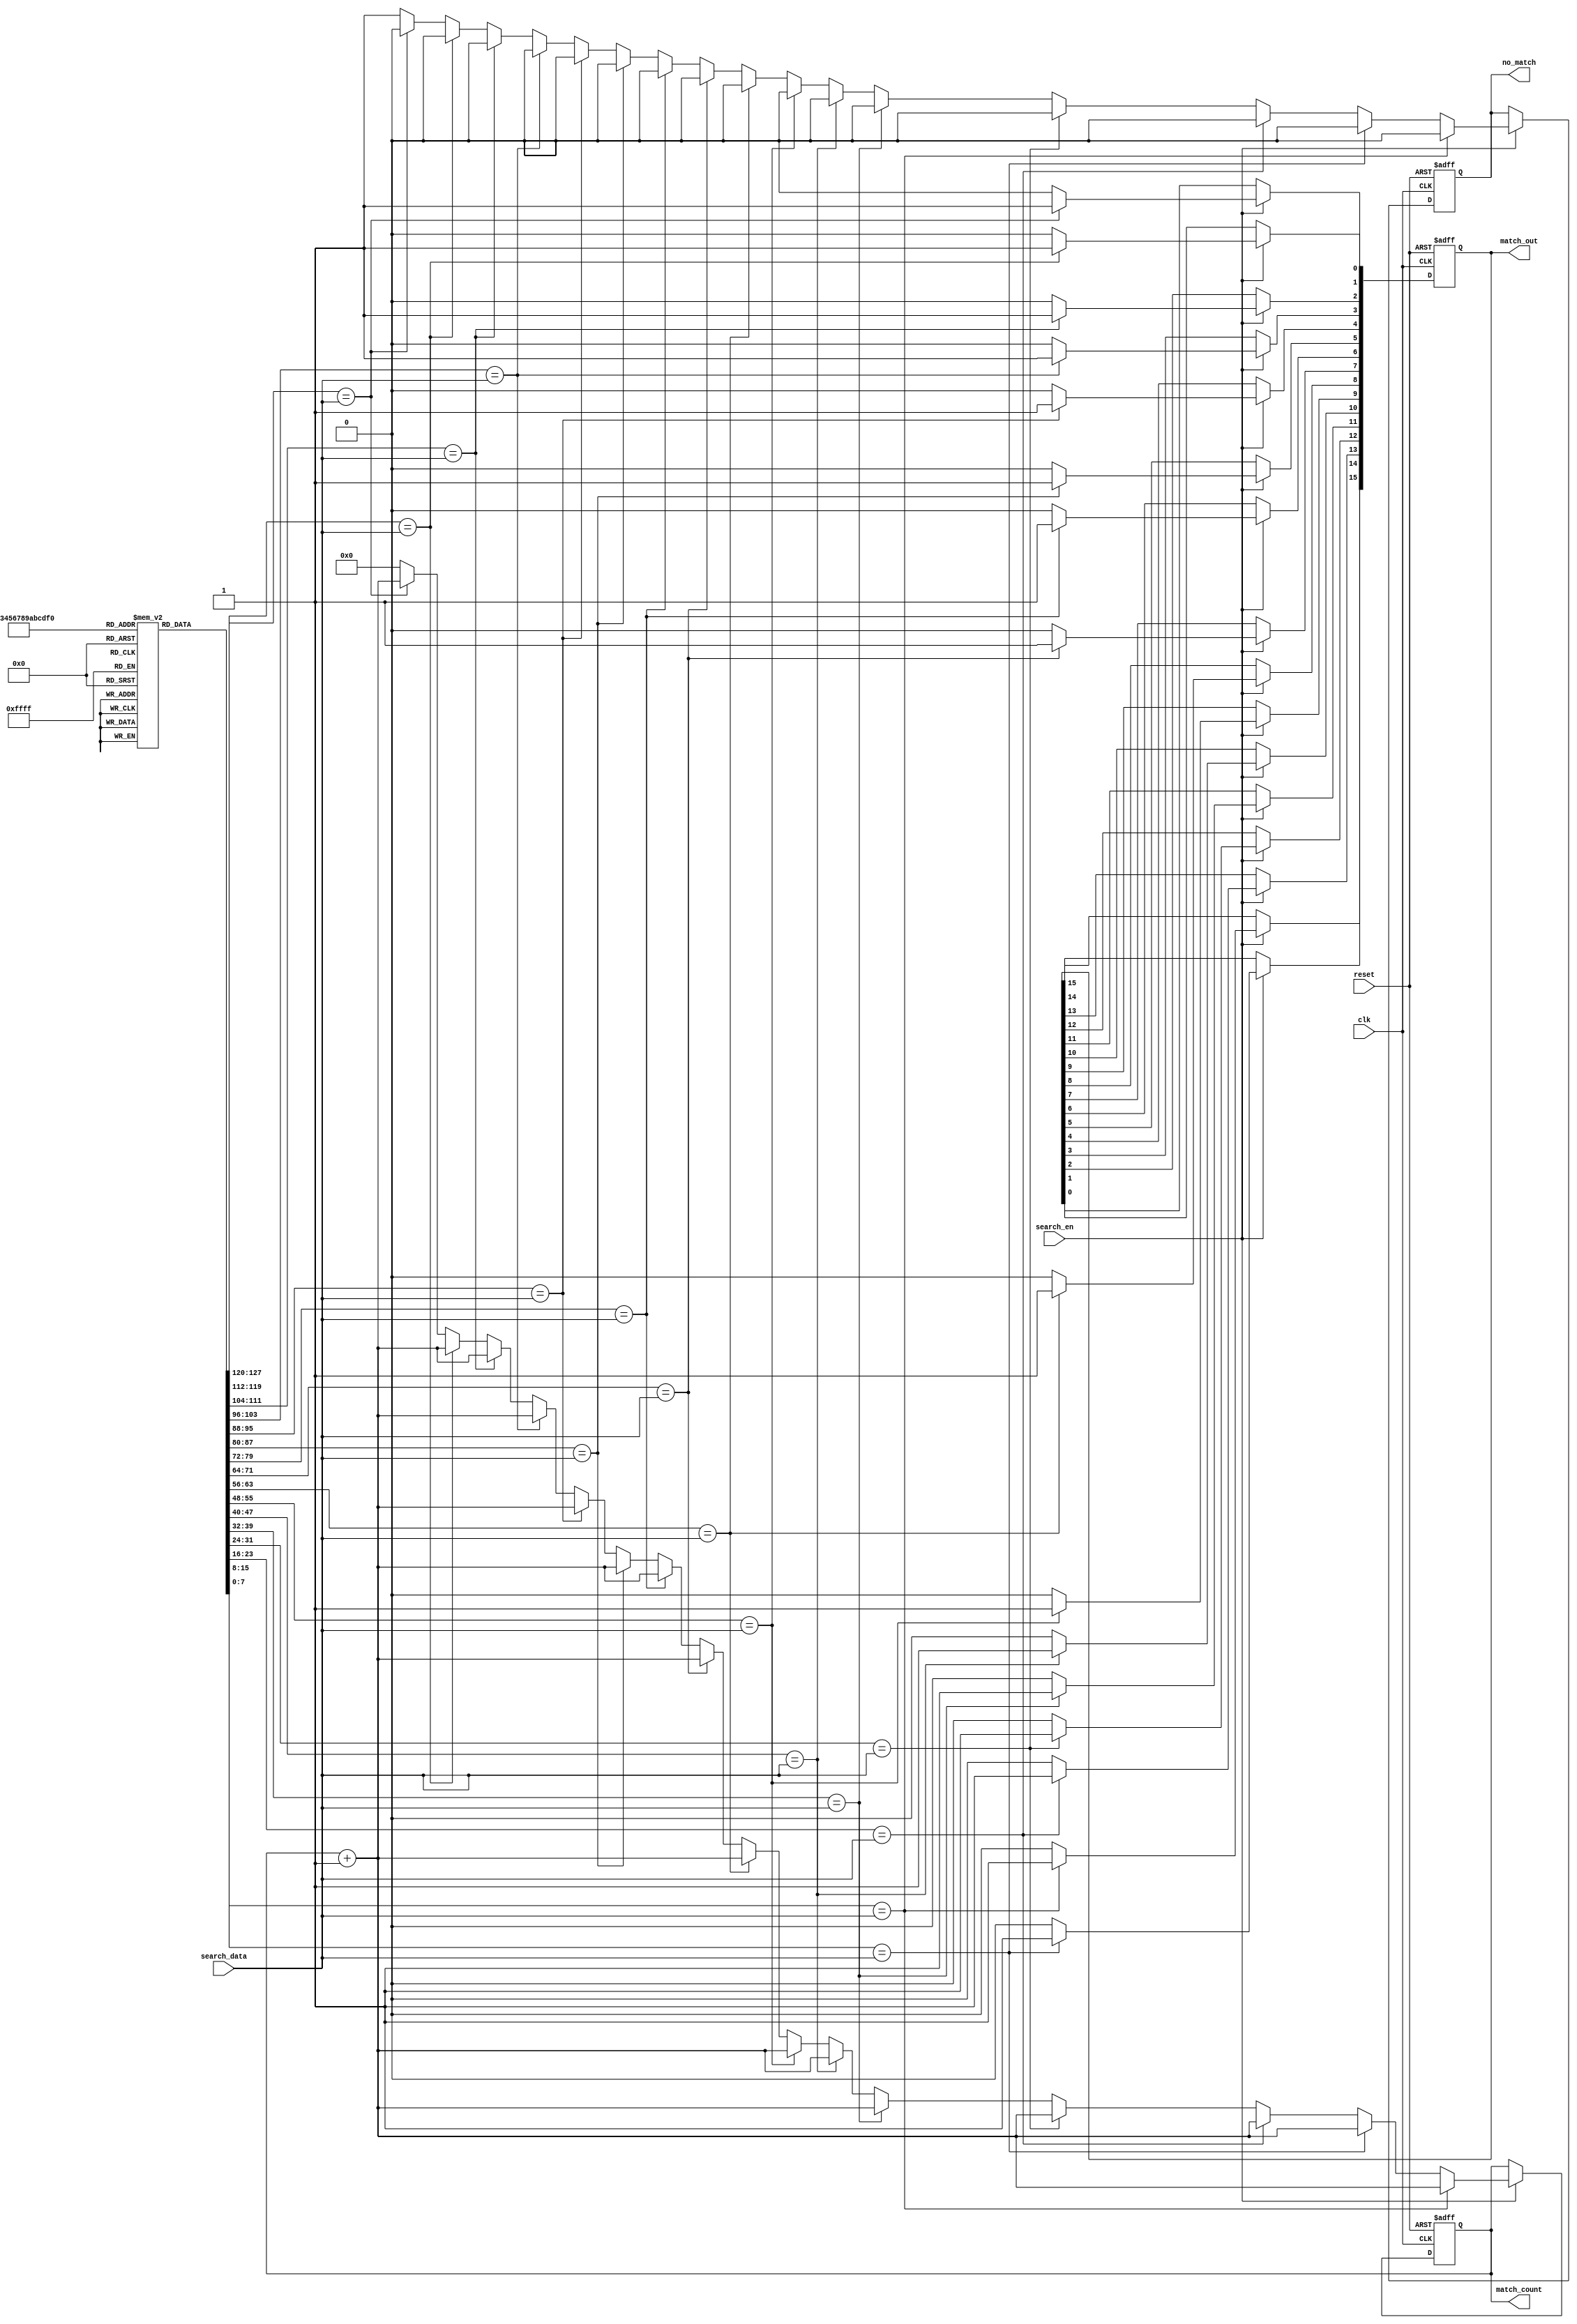
module sequential_cam #(
    parameter DATA_WIDTH = 8,     // Width of each entry
    parameter NUM_ENTRIES = 16     // Number of entries in the CAM
)(
    input clk,                     // Clock signal
    input reset,                   // Reset signal
    input [DATA_WIDTH-1:0] search_data, // Data pattern to search
    input search_en,               // Enable search operation
    output reg [NUM_ENTRIES-1:0] match_out, // Match output
    output reg no_match,           // No match found indicator
    output reg [3:0] match_count   // Count of matches found
);

    // Memory array to store CAM entries
    reg [DATA_WIDTH-1:0] mem_array [0:NUM_ENTRIES-1];
    
    integer i;

    // Initialize memory with some values (This should be done via another method in a real design)
    initial begin
        for (i = 0; i < NUM_ENTRIES; i = i + 1) begin
            mem_array[i] = i; // Example data; you can load your own data here
        end
    end

    // Search logic
    always @(posedge clk or posedge reset) begin
        if (reset) begin
            match_out <= 0;
            no_match <= 1;
            match_count <= 0;
        end else if (search_en) begin
            match_out <= 0;
            no_match <= 1;
            match_count <= 0;

            for (i = 0; i < NUM_ENTRIES; i = i + 1) begin
                if (mem_array[i] == search_data) begin
                    match_out[i] <= 1; // Set the matching index
                    no_match <= 0;     // Match found
                    match_count <= match_count + 1; // Increment match count
                end
            end
        end
    end
endmodule